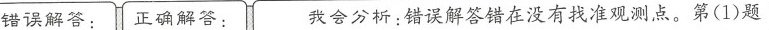
错误解答： 正确解答： 我会分析：错误解答错在没有找准观测点。第(1)题